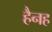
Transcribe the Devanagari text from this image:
हैनह